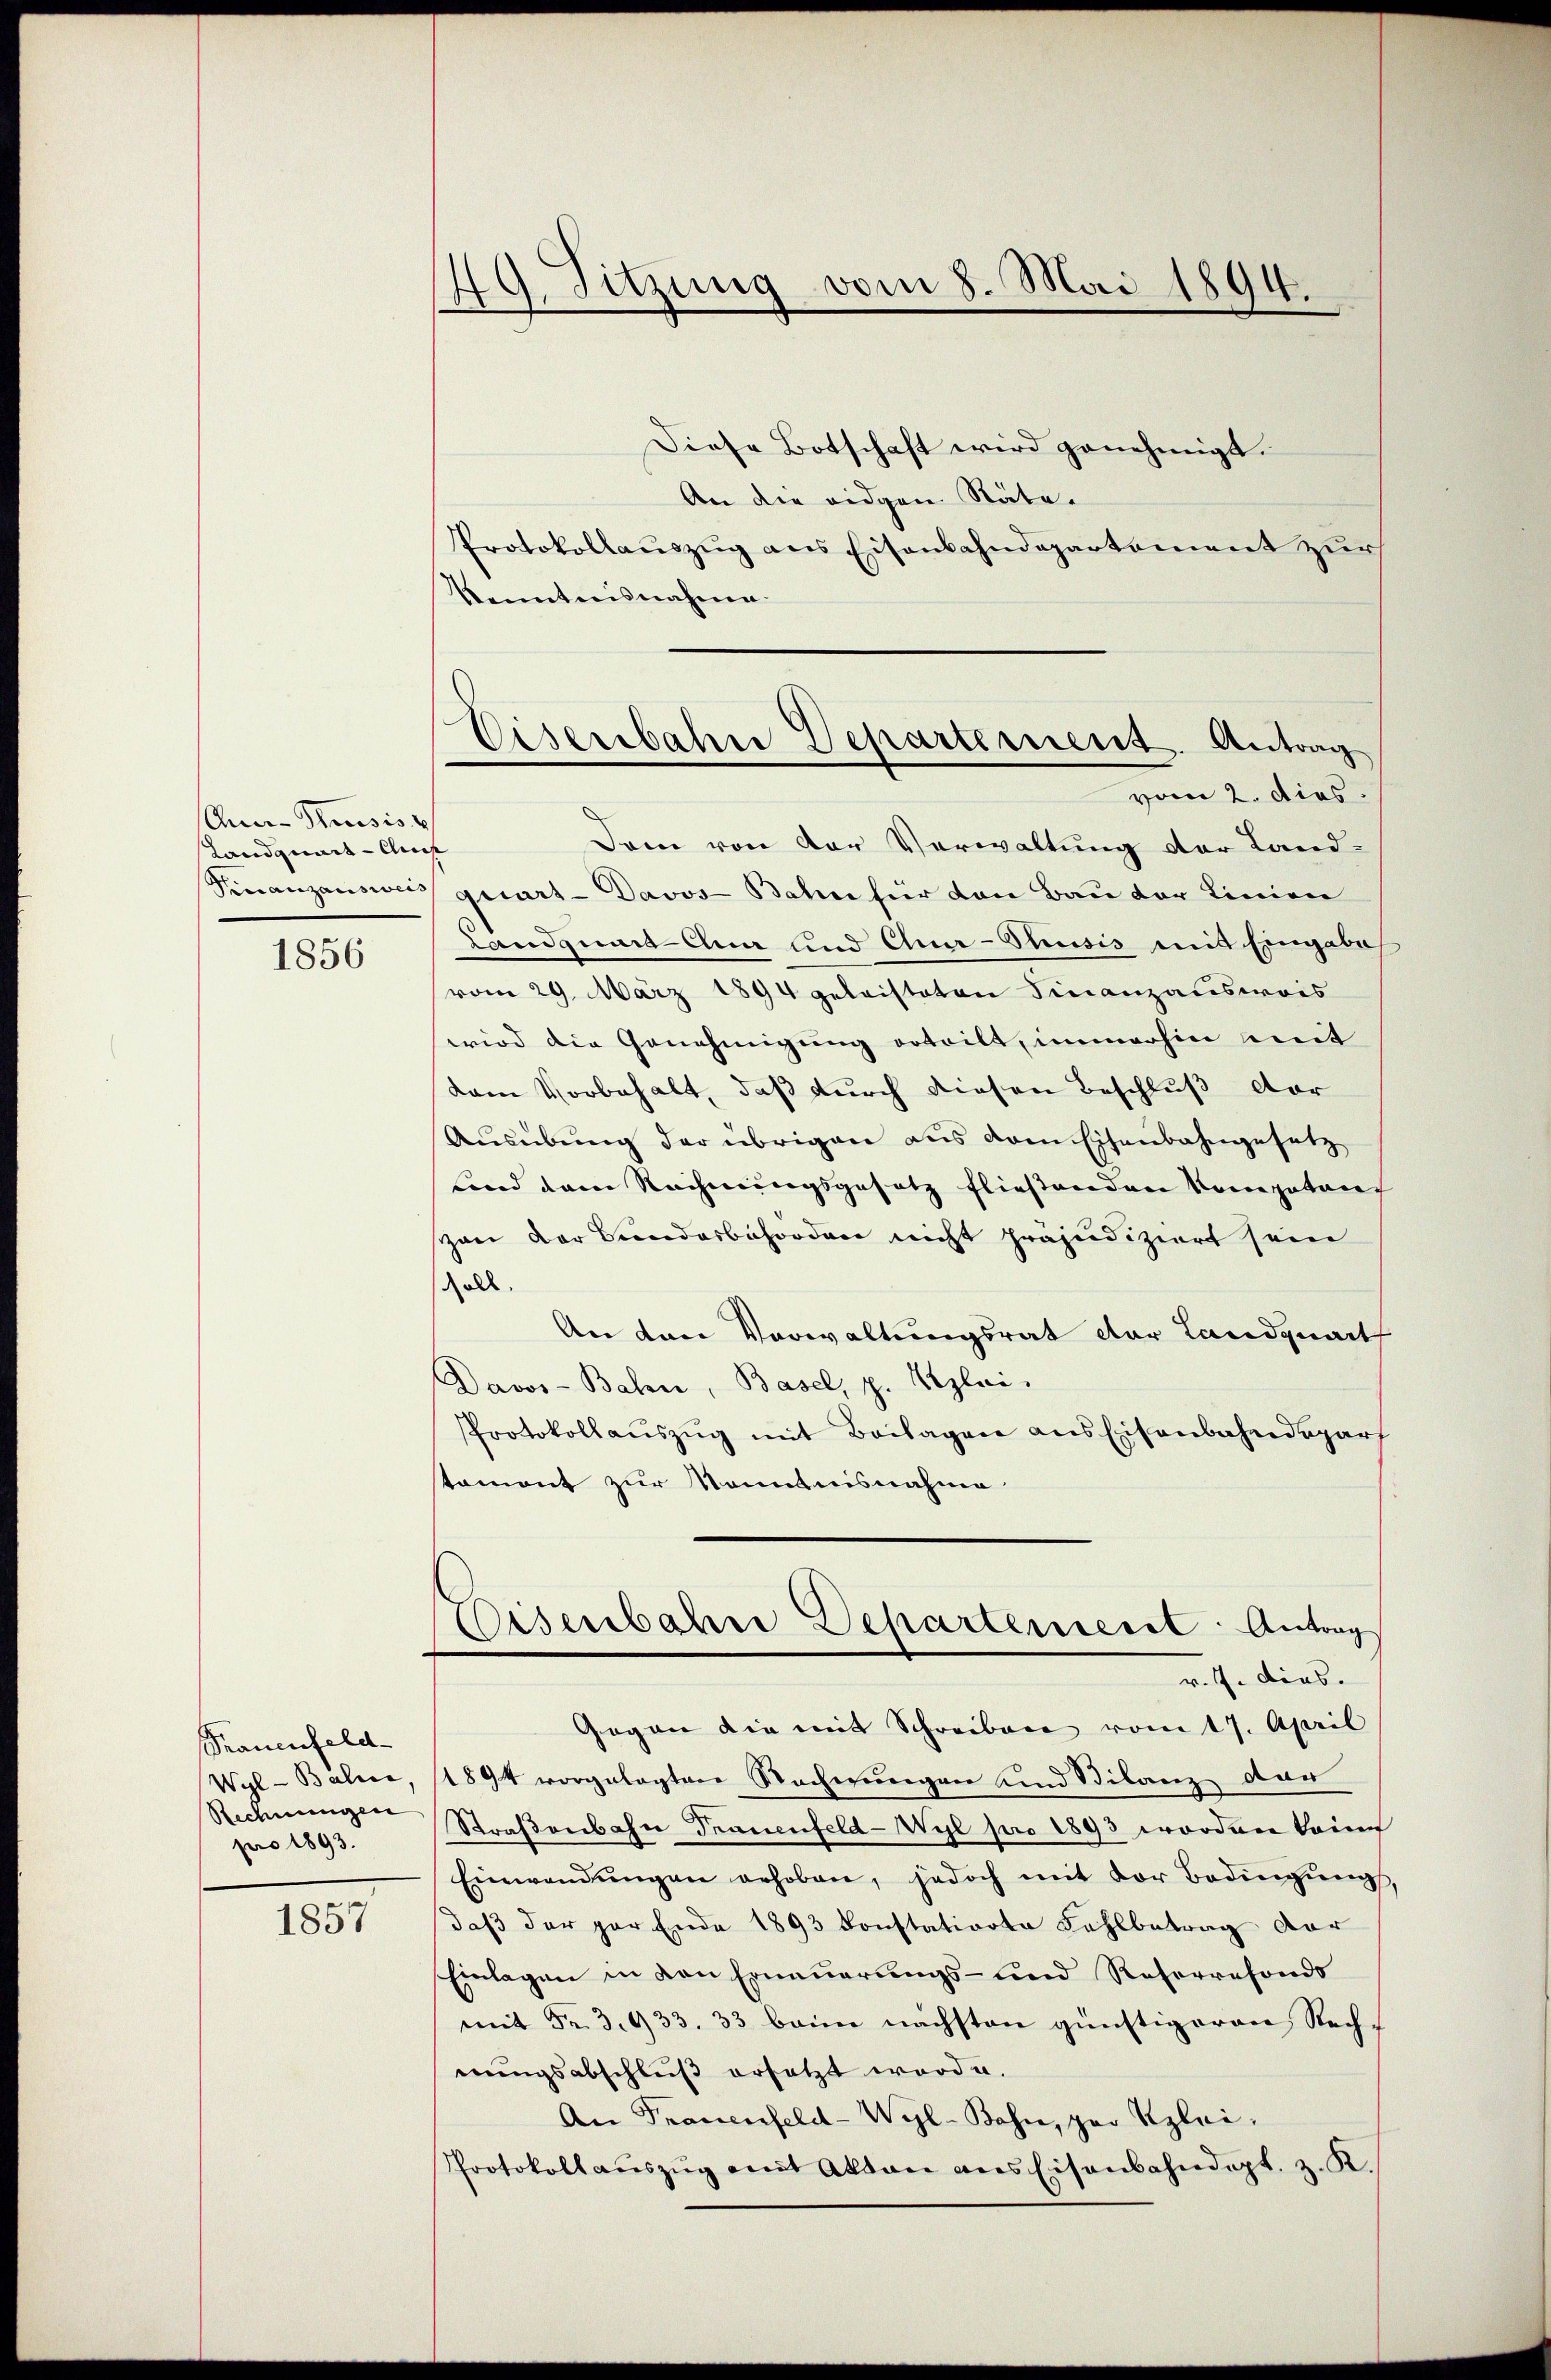
An Russis
Landquart-Chus

1856

Trauenfeld-
Wyl- Baline
Rechnungen
pro 1893.

1831.

49. Sitzung vom 8. Mai 1894.

Diese Botschaft wird genehmigt.
An die eidgen. Räte.
Protokollauszug aus Eisenbahndepartement zur
kenntnisnahme.
Dann von der Verwaltung der Land-
Finanzausweis quart - Davos- Bahn für den Bau der Linien
Landguums Chur und Chur-Stusis mit Eingabe
vom 29. März 1894 geleisteten Finanzausweis
wird die Genehmigung erteilt, immerhin mit
dam Vorbehalt, daß durch diesen Beschluß vor
Ausübung der übrigen aus dem Eisenbahngesetz
Land dem Rechnungsgesetz fließenden Komputarc
zan der Fundarbiforden nicht präjudiziert sein
soll.
An den Verwaltungsrat der Landquart
Davos- Bahn, Basel, p. Clai
Protokollauszug mit Beilagen aus Eisenbahndeparf
stament zur Kenntnisnahme
Disenbahre Departenseret: Antrag
v. J. dies
Gegen die mit Schreiben vom 17. April
1894 vorgelegten Sacherungen und Bilanz dar
Straßenbahn Trauenfeld-Wyl pro 1893 worden keine
Einwendŭngen erhoben, jedoch mit der Bedingŭng,
daß der par Ende 1893 konstatione Fahlbetrag dar
Einlagen in den Erneuerungs- und Reservefondo
mit Fr. 3. 433. 33 beim nächsten günstigeren Recherungsabschluß ersetzt worde.
An Frauenfeld-Wyl-Bahn, par Klei¬
Protokoll aŭszŭg mit Akten ans Eisenbahndept. z. K.

Eisenbahre Departement. Antrag
vom 2. dies.